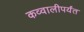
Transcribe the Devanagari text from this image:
कव्वालीपर्यंत